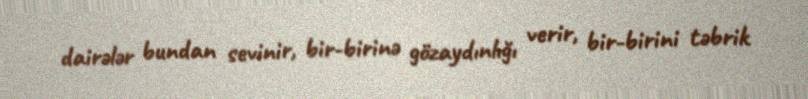
dairələr bundan sevinir, bir-birinə gözaydınlığı verir, bir-birini təbrik